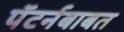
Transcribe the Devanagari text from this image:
पॅटर्नबाबत